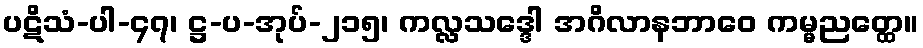
ပဋိသံ-ပါ-၄၇၊ ဋ္ဌ-ပ-အုပ်-၂၁၅၊ ကလ္လသဒ္ဒေါ အဂိလာနဘာဝေ ကမ္မညတ္ထေ။